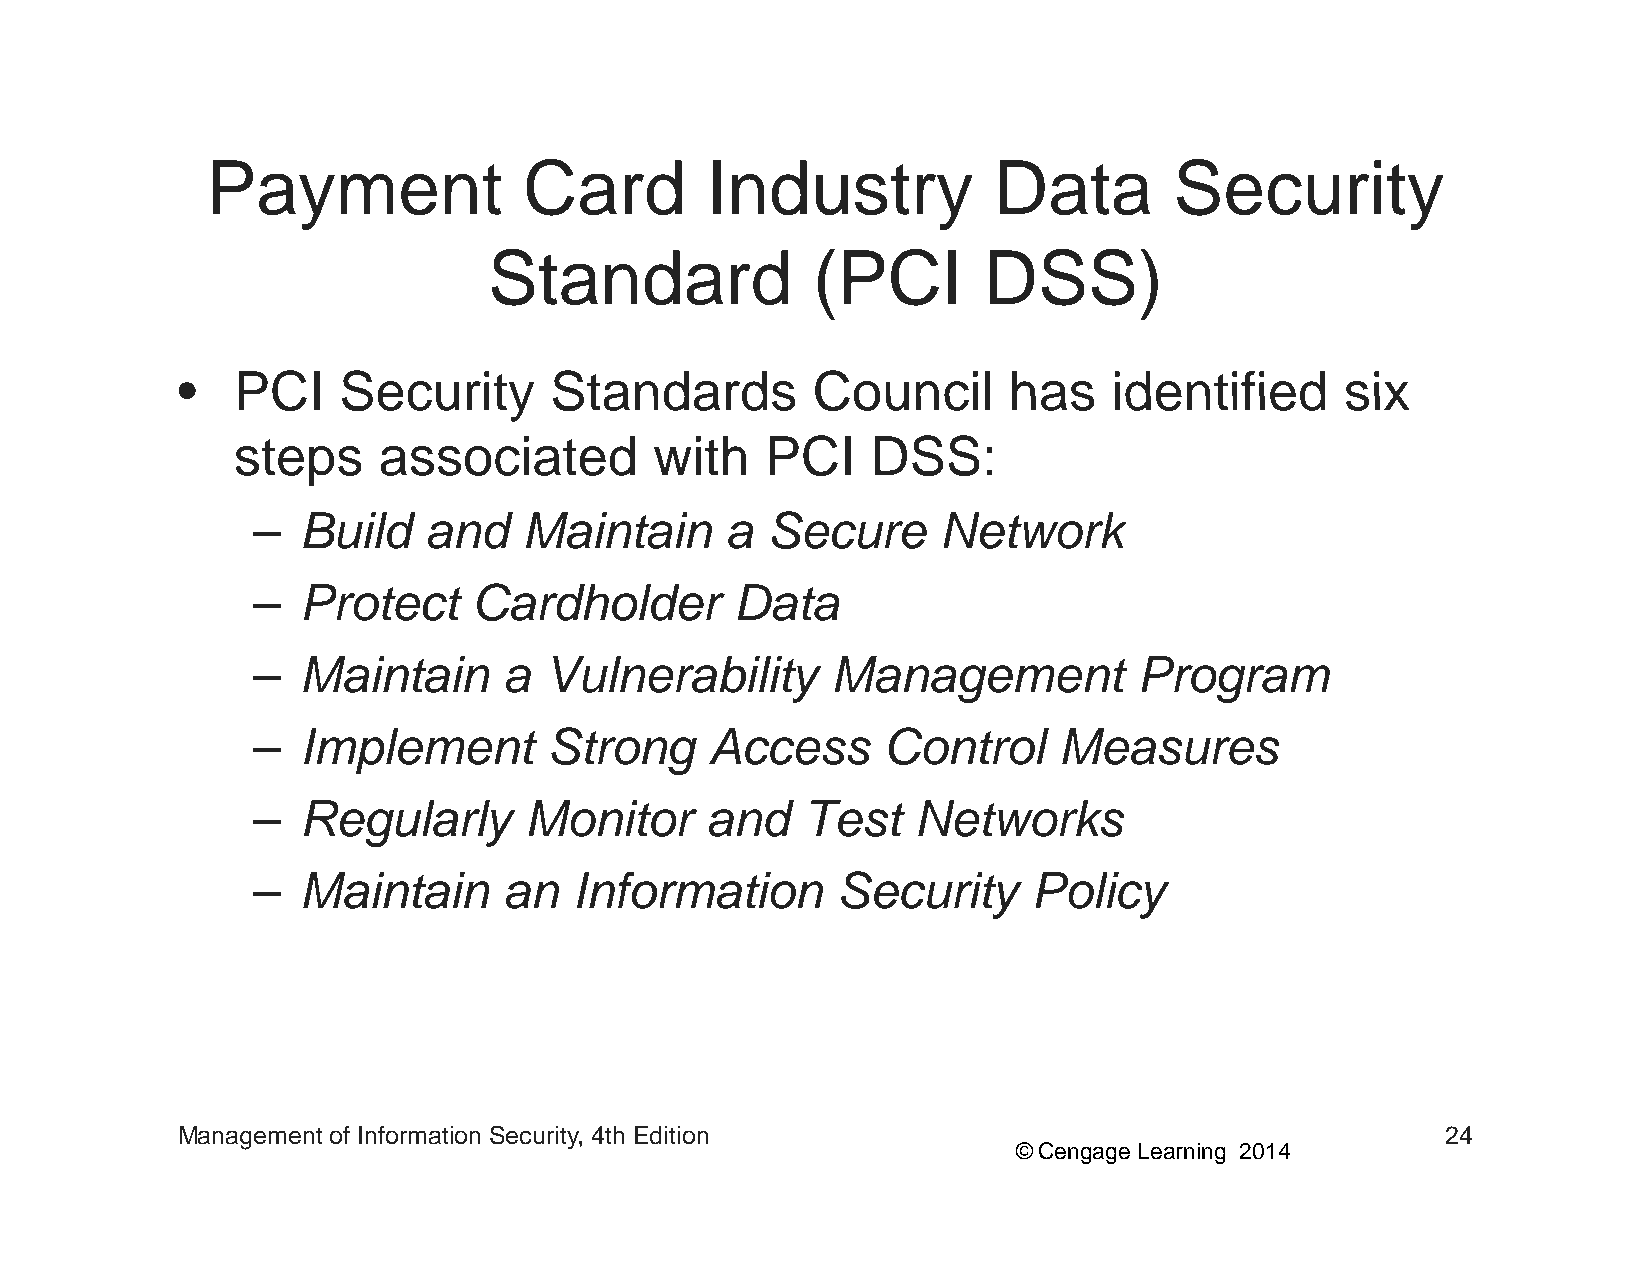
Payment              Card        Industry           Data        Security
 Standard              (PCI       DSS)
 •• PPCCII SSeeccuurriittyy SSttaannddaarrddss CCoouunncciill hhaass iiddeennttiiffiieedd ssiixx
 steps     associated        with    PCI    DSS:
 –  Build   and    Maintain     a  Secure     Network
 –  Protect    Cardholder        Data
 –  Maintain     a  Vulnerability      Management          Program
 –  Implement       Strong     Access     Control     Measures
 –  Regularly      Monitor     and   Test    Networks
 –  MMaiinttaiin an   IInfformattiion  SSecuriitty  PPolliicy
 Management of Information Security, 4th Edition                                     24
 © Cengage Learning 2014